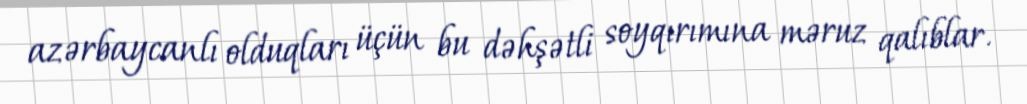
azərbaycanlı olduqları üçün bu dəhşətli soyqırımına məruz qalıblar.